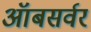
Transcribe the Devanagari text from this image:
ऑबसर्वर